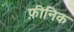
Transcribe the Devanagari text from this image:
फ़ीनिक